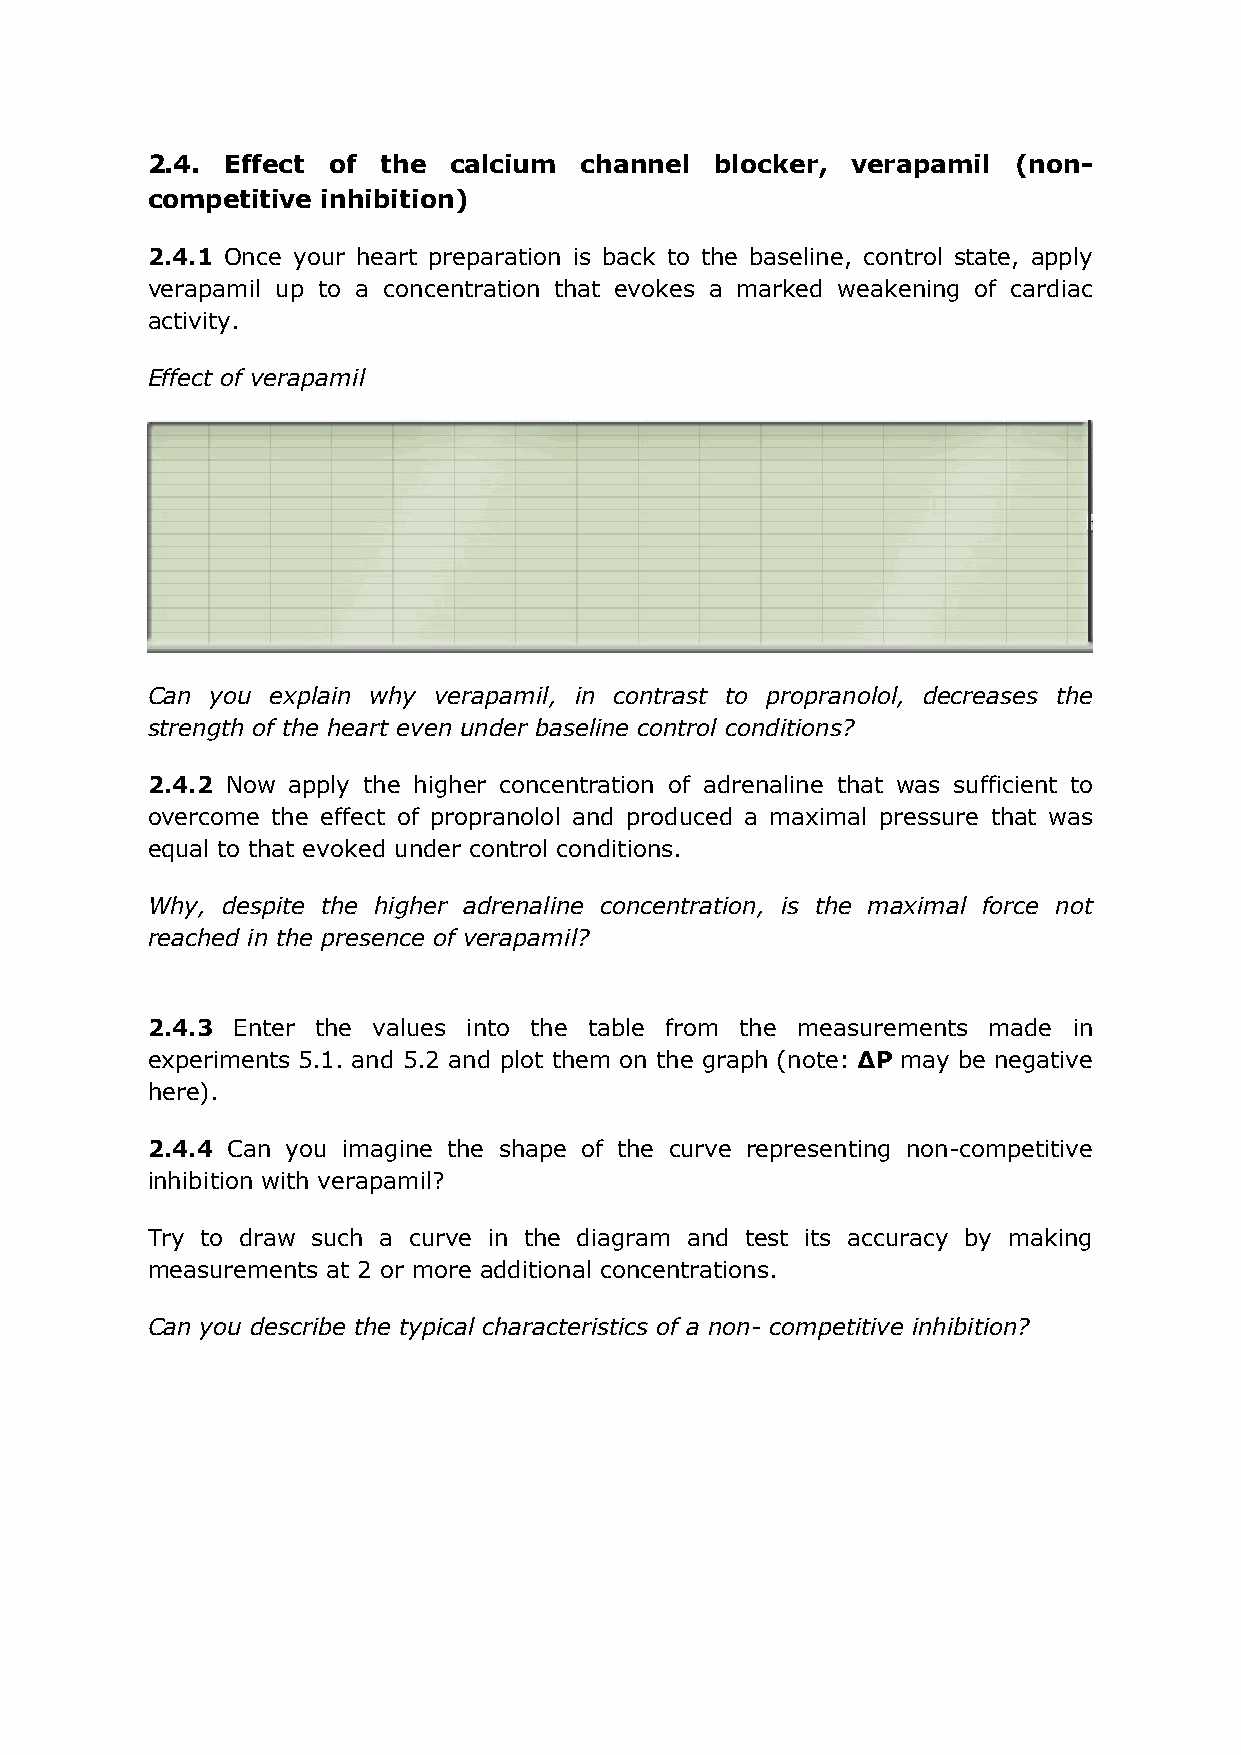
2.4. Effect of the  calcium channel  blocker, verapamil  (non-
 competitive inhibition)
 2.4.1 Once your heart preparation is back to the baseline, control state, apply
 verapamil up to a concentration that evokes a marked weakening of cardiac
 activity.
 Effect of verapamil
 Can you explain why verapamil, in contrast to propranolol, decreases the
 strength of the heart even under baseline control conditions?
 2.4.2 Now apply the higher concentration of adrenaline that was sufficient to
 overcome the effect of propranolol and produced a maximal pressure that was
 equal to that evoked under control conditions.
 Why, despite the higher adrenaline concentration, is the maximal force not
 reached in the presence of verapamil?
 2.4.3 Enter the values into the table from the measurements made in
 experiments 5.1. and 5.2 and plot them on the graph (note: ∆P may be negative
 here).
 2.4.4 Can you imagine the shape of the curve representing non-competitive
 inhibition with verapamil?
 Try to draw such a curve in the diagram and test its accuracy by making
 measurements at 2 or more additional concentrations.
 Can you describe the typical characteristics of a non- competitive inhibition?